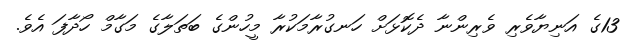
13ގެ އަނިޔާވެރި ވެރިންނާ ދެކޮޅަށް ހަނގުރާމަކުރާ މީހުންގެ ބަތަލާގެ މަގާމް ހޯދާފަ އެވެ.